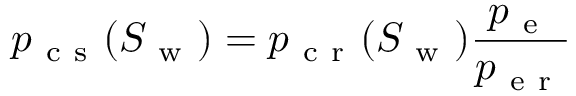
p _ { \mathrm { ~ c ~ s ~ } } ( S _ { \mathrm { ~ w ~ } } ) = p _ { \mathrm { ~ c ~ r ~ } } ( S _ { \mathrm { ~ w ~ } } ) \frac { p _ { \mathrm { ~ e ~ } } } { p _ { \mathrm { ~ e ~ r ~ } } }